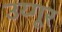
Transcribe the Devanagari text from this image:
उय्गूर